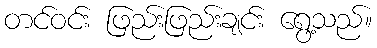
တင်ဝင်း ဖြည်းဖြည်းချင်း ရွေ့သည်။